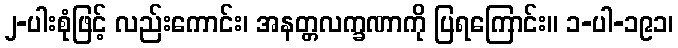
၂-ပါးစုံဖြင့် လည်းကောင်း၊ အနတ္တလက္ခဏာကို ပြရကြောင်း။ ၁-ပါ-၁၉၁၊